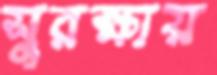
সুরক্ষায়